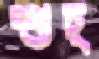
শুচ্